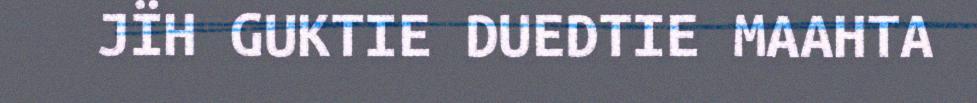
JÏH GUKTIE DUEDTIE MAAHTA